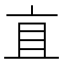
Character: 𬽈